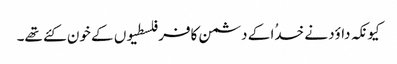
کیونکہ داؤد نے خدُا کے دشمن کافر فلسطیوں کے خون کئے تھے۔